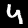
Digit: 4